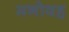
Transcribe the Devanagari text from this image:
मनोवह